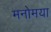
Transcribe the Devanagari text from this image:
मनोमया